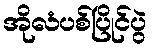
အိုလံပစ်ပြိုင်ပွဲ